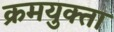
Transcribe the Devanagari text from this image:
क्रमयुक्ता